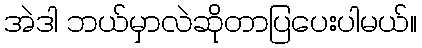
အဲဒါ ဘယ်မှာလဲဆိုတာပြပေးပါမယ်။